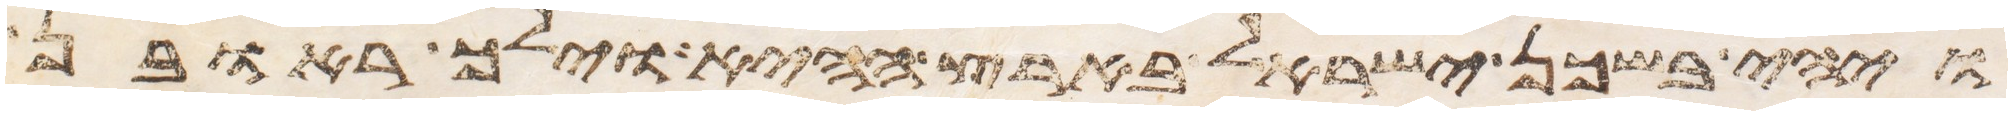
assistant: ויהי בשכן ישראל בארץ ההיא וילך ראובן